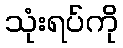
သုံးရပ်ကို